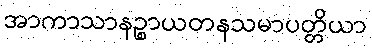
အာကာသာနဉ္စာယတနသမာပတ္တိယာ